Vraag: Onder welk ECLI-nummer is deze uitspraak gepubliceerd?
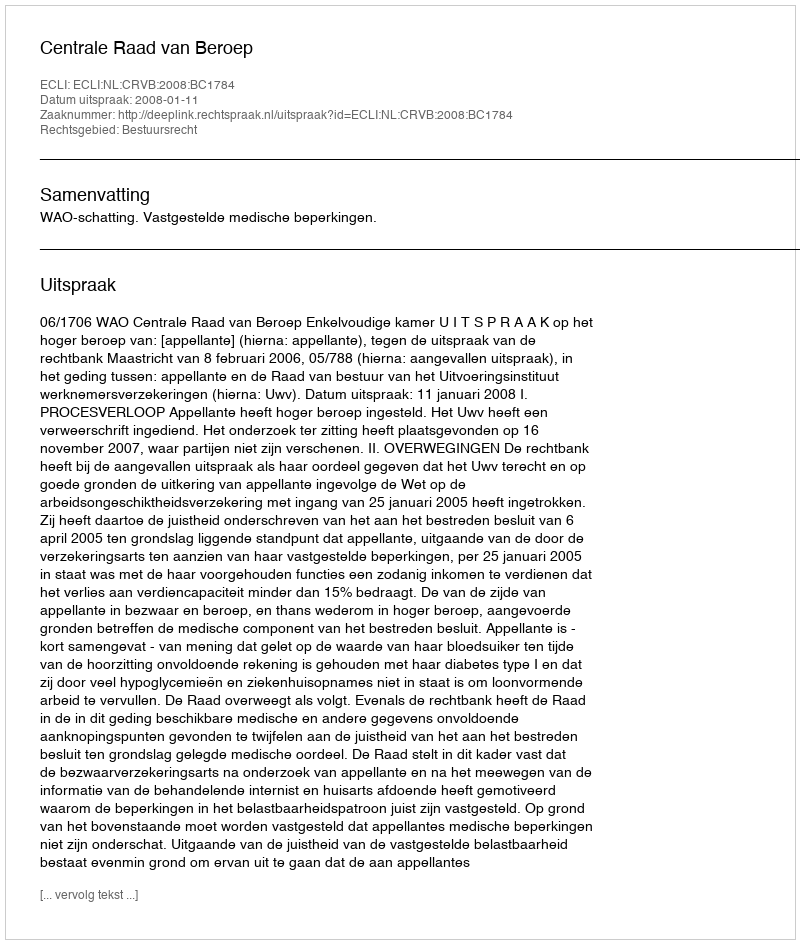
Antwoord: ECLI:NL:CRVB:2008:BC1784